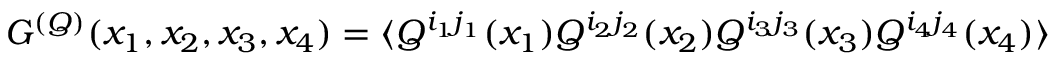
G ^ { ( { \cal Q } ) } ( x _ { 1 } , x _ { 2 } , x _ { 3 } , x _ { 4 } ) = \langle { \cal Q } ^ { i _ { 1 } j _ { 1 } } ( x _ { 1 } ) { \cal Q } ^ { i _ { 2 } j _ { 2 } } ( x _ { 2 } ) { \cal Q } ^ { i _ { 3 } j _ { 3 } } ( x _ { 3 } ) { \cal Q } ^ { i _ { 4 } j _ { 4 } } ( x _ { 4 } ) \rangle \;